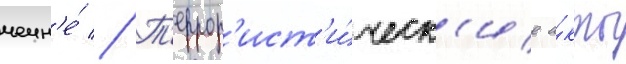
чечн'е́ // Т'еррор'ист'и́ческ'ие а́кты